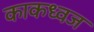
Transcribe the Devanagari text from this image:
काकध्वज